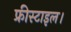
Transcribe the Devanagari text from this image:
फ्रीस्टाइल।